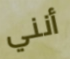
أنني